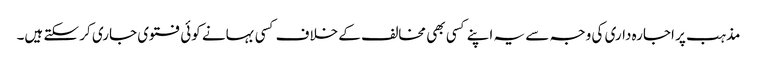
مذہب پر اجارہ داری کی وجہ سے یہ اپنے کسی بھی مخالف کے خلاف کسی بہانے کوئی فتوی جاری کر سکتے ہیں۔